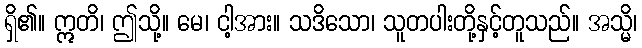
ရှိ၏။ ဣတိ၊ ဤသို့။ မေ၊ ငါ့အား။ သဒိသော၊ သူတပါးတို့နှင့်တူသည်။ အသ္မိ၊